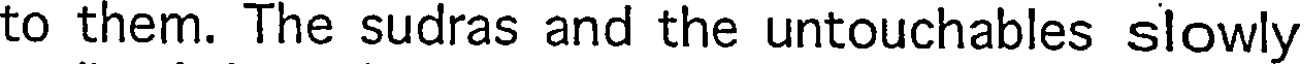
to them. The sudras and the untouchables slowly